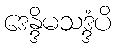
ဒေန္ဒိမသဒ္ဒံပိ